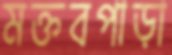
মক্তবপাড়া